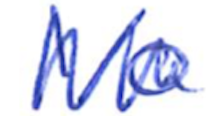
Text: I/O
Cross-out: zig-zag
Writing tool: ballpoint